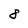
Character: 8